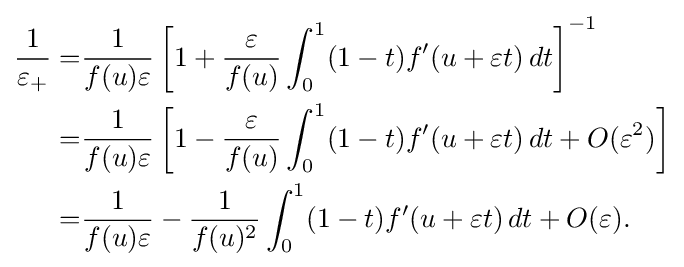
{\begin{aligned}{\frac {1}{\varepsilon _{+}}}=&{\frac {1}{f(u)\varepsilon }}\left[{1+{\varepsilon  \over f(u)}\int _{0}^{1}(1-t)f'(u+\varepsilon t)\,dt}\right]^{-1}\\=&{\frac {1}{f(u)\varepsilon }}\left[1-{\frac {\varepsilon }{f(u)}}\int _{0}^{1}(1-t)f'(u+\varepsilon t)\,dt+O(\varepsilon ^{2})\right]\\=&{\frac {1}{f(u)\varepsilon }}-{\frac {1}{f(u)^{2}}}\int _{0}^{1}(1-t)f'(u+\varepsilon t)\,dt+O(\varepsilon ).\end{aligned}}